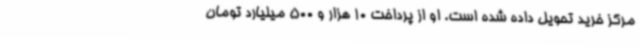
مرکز خرید تحویل داده شده است. او از پرداخت 10 هزار و 500 میلیارد تومان